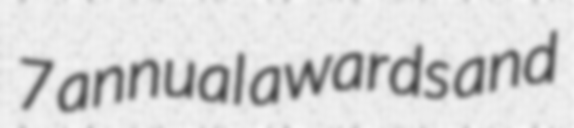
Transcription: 7 annual awards and